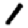
Digit: 1